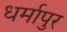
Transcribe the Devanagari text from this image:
धर्मापुर